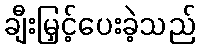
ချီးမြှင့်ပေးခဲ့သည်